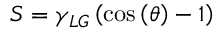
S = \gamma _ { L G } \left( \cos \left( \theta \right) - 1 \right)